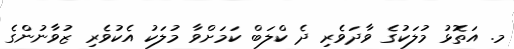
މ. އަތޮޅު މުލަކުގެ ވާދަވެރި ދެ ކްލަބް ކަމަށްވާ މުލަކު އެކުވެރި ޒުވާނުންގެ